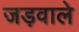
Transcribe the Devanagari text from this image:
जड़वाले